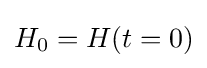
H_{0}=H(t=0)